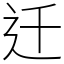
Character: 迁